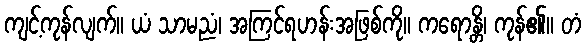
ကျင့်ကုန်လျက်။ ယံ သာမညံ၊ အကြင်ရဟန်းအဖြစ်ကို။ ကရောန္တိ၊ ကုန်၏။ တံ